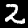
Digit: 2